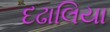
દઢાલિયા